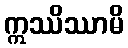
ဣဿိဿာမိ